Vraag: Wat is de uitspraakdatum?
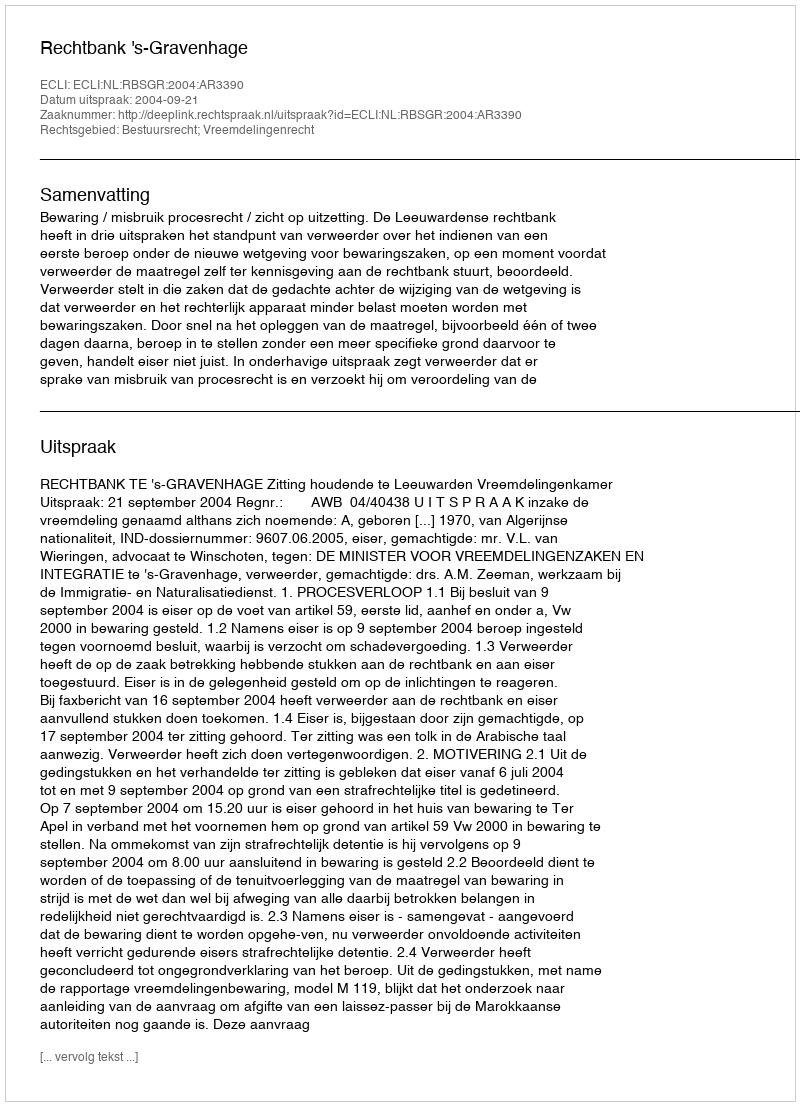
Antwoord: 2004-09-21